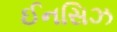
ઈનસિઝ